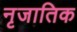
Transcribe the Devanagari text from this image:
नृजातिक